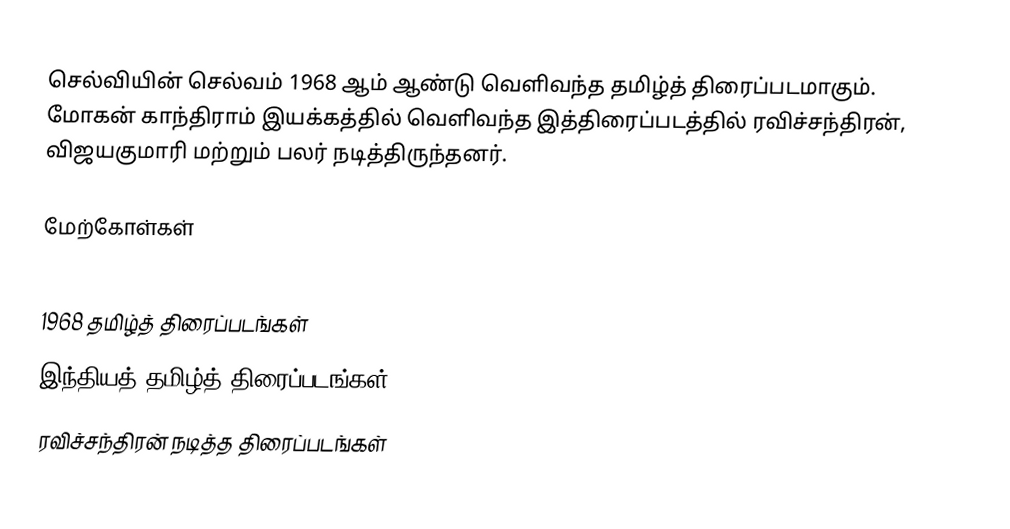
செல்வியின் செல்வம் 1968 ஆம் ஆண்டு வெளிவந்த தமிழ்த் திரைப்படமாகும். மோகன் காந்திராம் இயக்கத்தில் வெளிவந்த இத்திரைப்படத்தில் ரவிச்சந்திரன், விஜயகுமாரி மற்றும் பலர் நடித்திருந்தனர்.

மேற்கோள்கள்

1968 தமிழ்த் திரைப்படங்கள்
இந்தியத் தமிழ்த் திரைப்படங்கள்
ரவிச்சந்திரன் நடித்த திரைப்படங்கள்